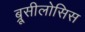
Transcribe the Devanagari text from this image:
ब्रूसीलोसिस